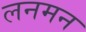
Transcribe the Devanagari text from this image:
लनमन